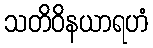
သတိဝိနယာရဟံ